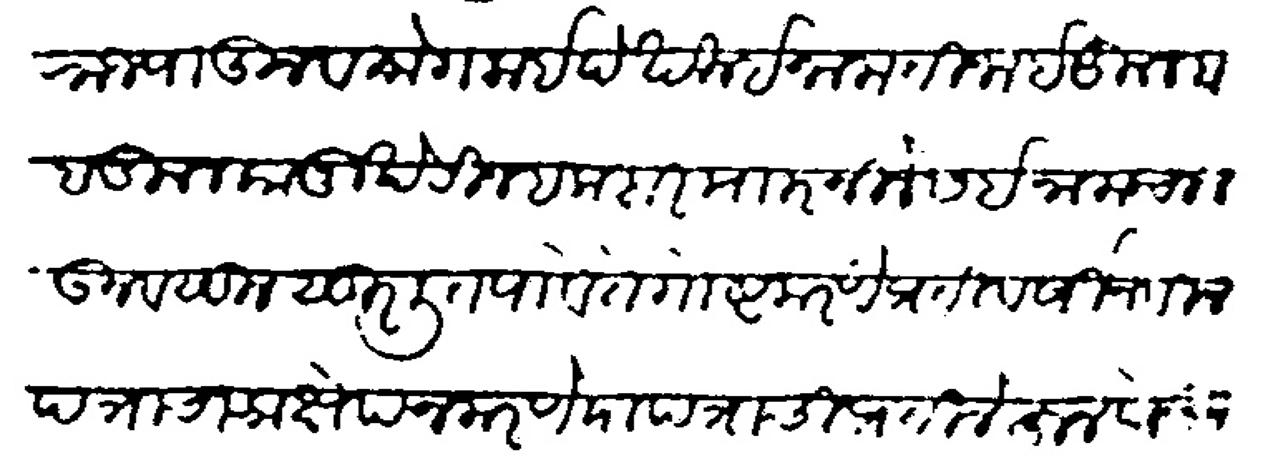
Transliteration (Devanagari): स्वराज्यातून व मोगलाई देखील ईनाम तीजाई कुल बाब कुलकानू खेरीज हकदार माारनीलेस ईनाम चालऊन वसूल सुरलीत पावे ते गोष्ट करणे प्रतिवर्षी नवीन पत्राचा आक्षेप न करणे या पत्राची प्रती लेहून घेऊन